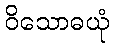
ဝိသောဓယုံ